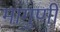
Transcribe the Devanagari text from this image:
मांगुणी